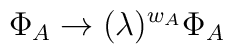
\Phi _{A}\rightarrow (\lambda )^{w_{A}}\Phi _{A}